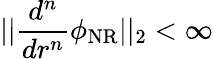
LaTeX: ||\frac{d^{n}}{dr^{n}}\phi_{\mathrm{NR}}||_{2}<\infty